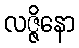
လဇ္ဇိနော